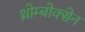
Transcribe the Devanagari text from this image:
थ्रोम्बोक्सेन